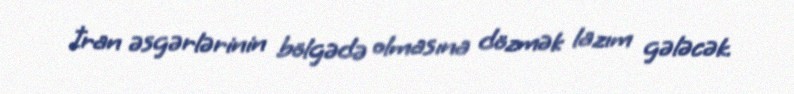
İran əsgərlərinin bölgədə olmasına dözmək lazım gələcək.